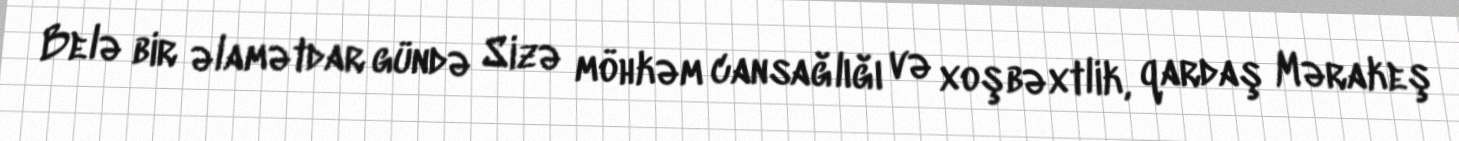
Belə bir əlamətdar gündə Sizə möhkəm cansağlığı və xoşbəxtlik, qardaş Mərakeş